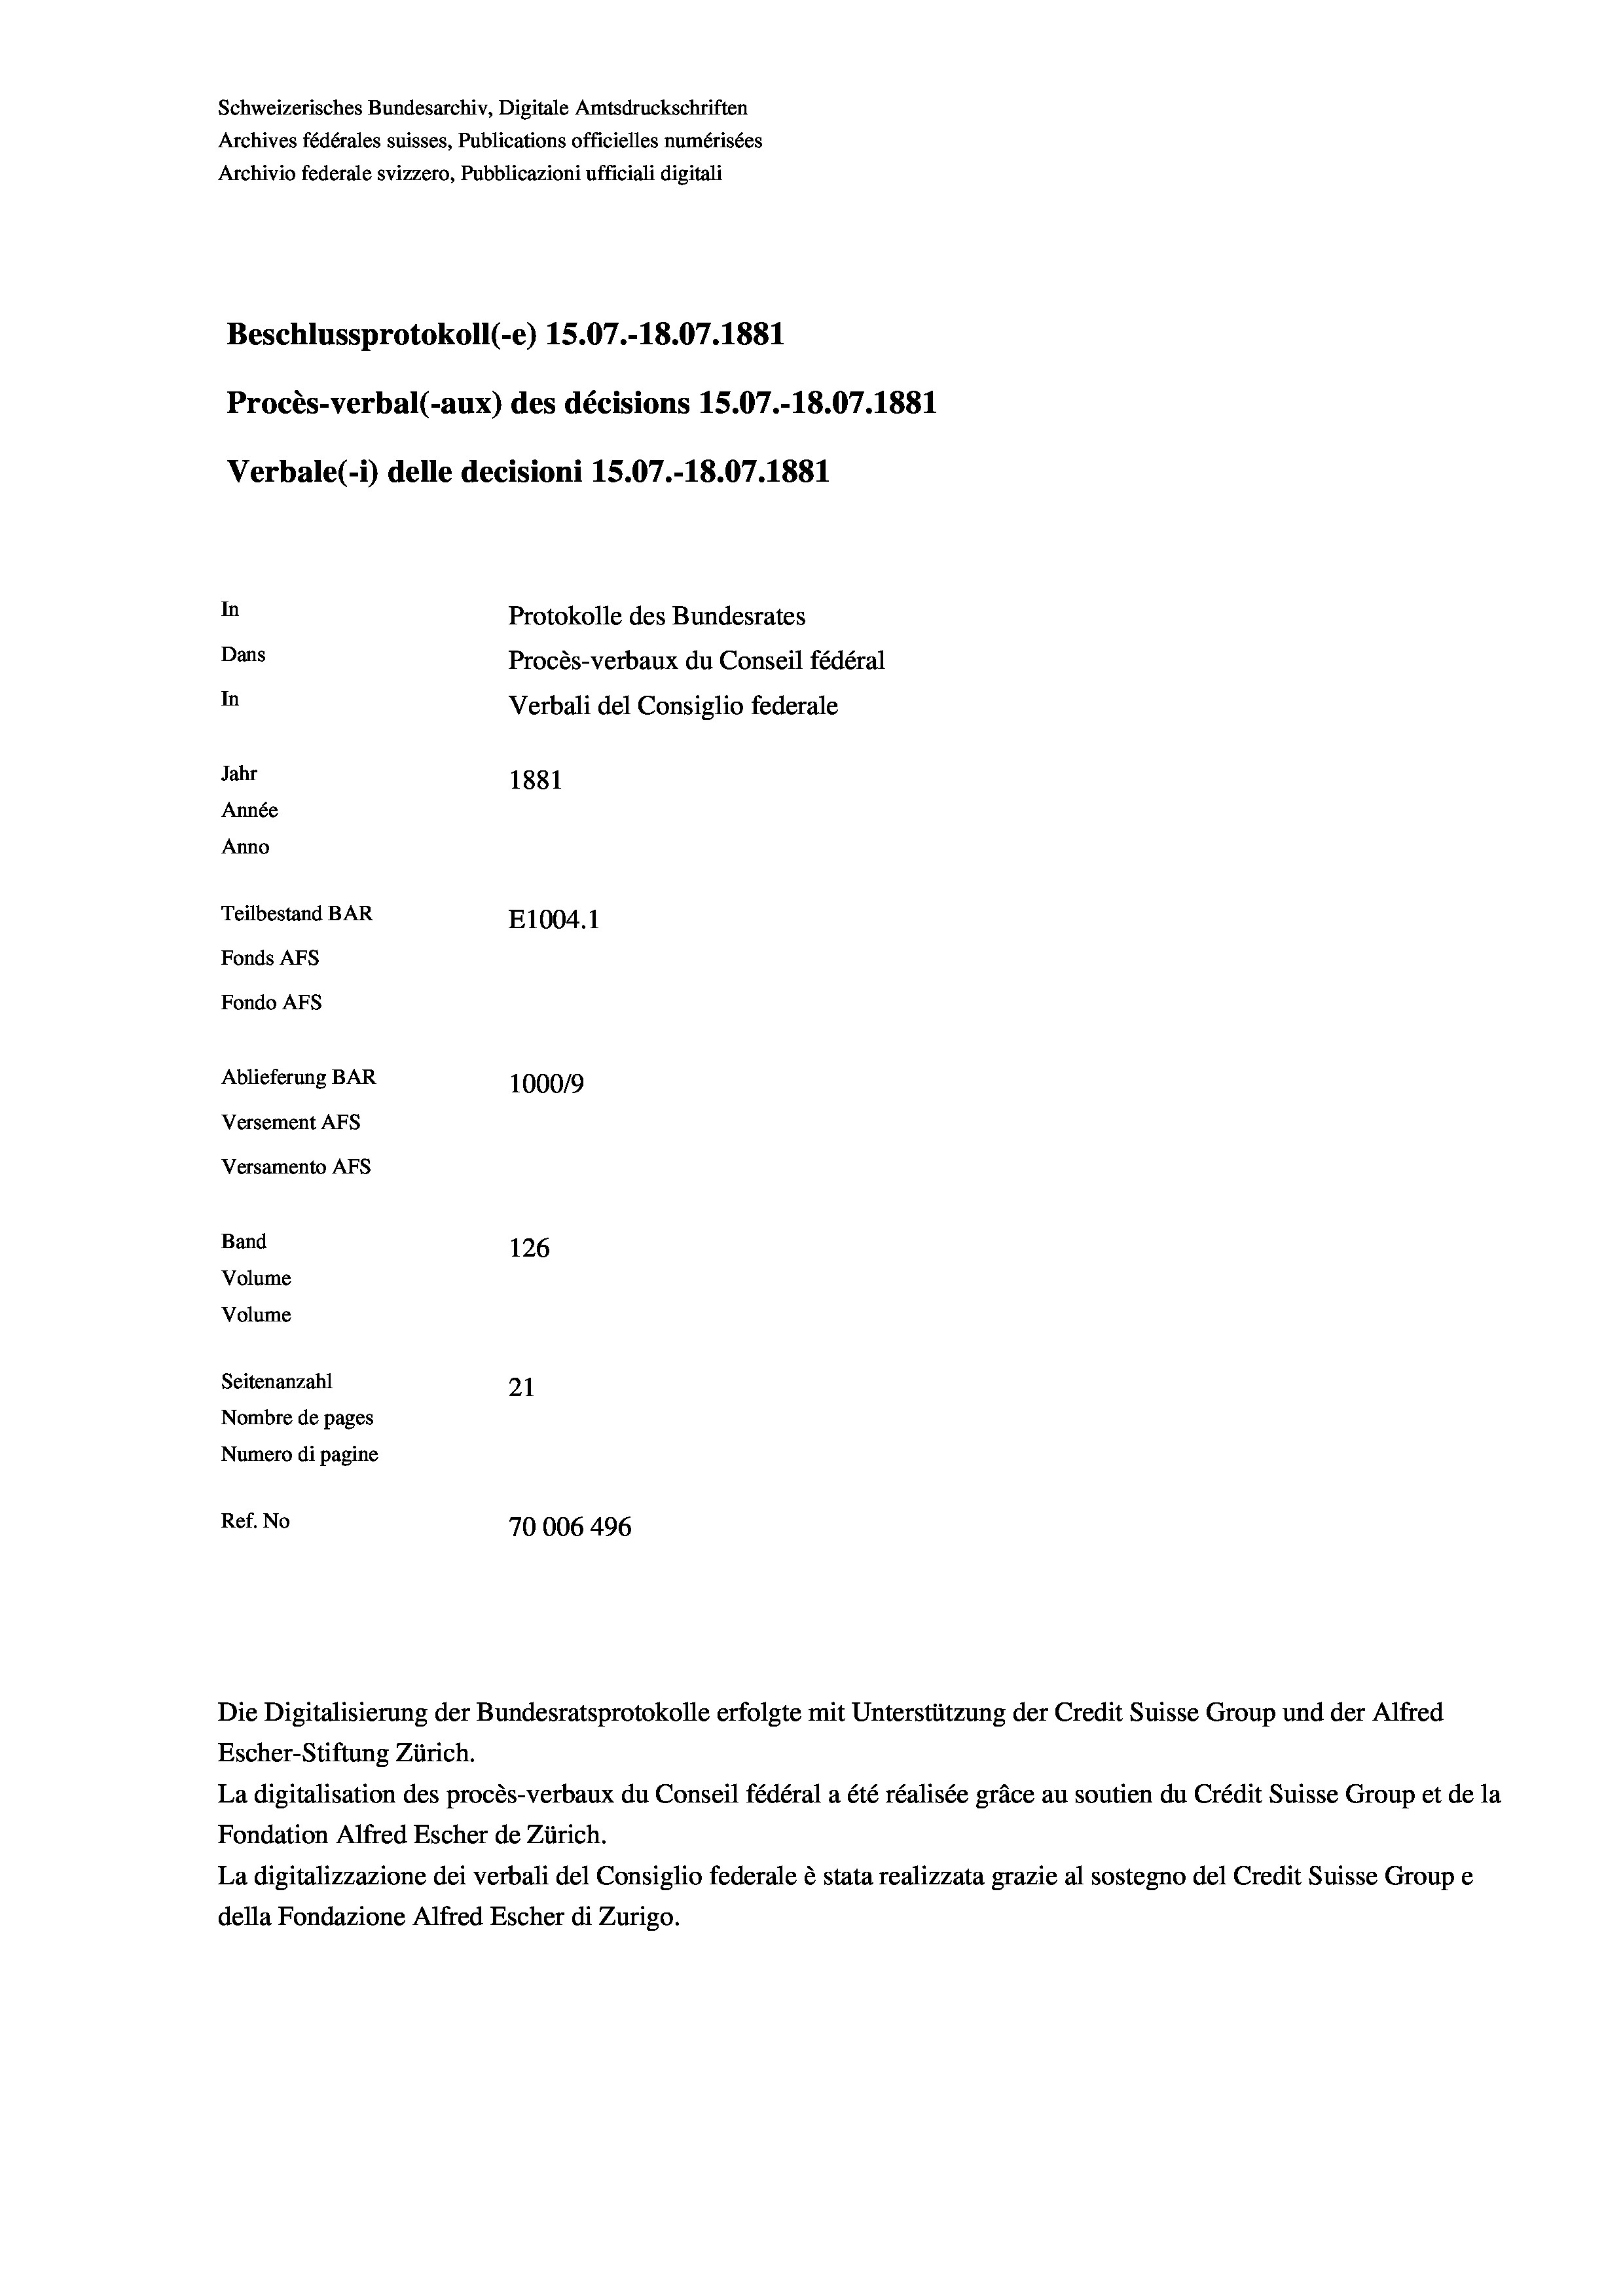
Schweizerisches Bundesarchiv, Digitale Amtsdruckschriften
Archives fédérales suisses, Publications officielles numérisées
Archivio federale svizzero, Pubblicazioni ufficiali digitali
Beschlussprotokoll (-e) 15.07.-18.07. 1881
Procès-verbal (-aux) des décisions 15.07.-18.07.1881
Verbale (- 1) delle decisioni 15.07.-18.07. 1881
In
Protokolle des Bundesrates
Dans
Procès-verbaux du Conseil fédéral
In
Verbali del Consiglio federale
Jahr
1881
Année
Anno
Teilbestand BAR
E1004.1
Fonds AFs
Fondo Afs
Ablieferung BAR
100019
Versement AFs
Versamento Afs
Band
126
Volume
Volume
Seitenanzahl
21
Nombre de pages
Numero di pagine
Ref. No
70006 496

Die Digitalisierung der Bundesratsprotokolle erfolgte mit Unterstützung der Credit Suisse Group und der Alfred
Escher-Stiftung Zürich.
La digitalisation des procès-verbaux du Conseil fédéral a été réalisée gräce au soutien du Crédit Suisse Group et de la
Fondation Alfred Escher de Zürich.
La digitalizzazione dei verbali del Consiglio federale è stata realizzata grazie al sostegno del Credit Suisse Groupe
della Fondazione Alfred Escher di Zurigo.